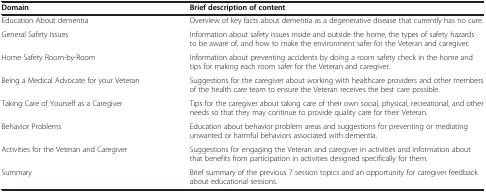
<table><thead><tr><td><b>Domain</b></td><td><b>Brief description of content</b></td></tr></thead><tbody><tr><td>Education About dementia</td><td>Overview of key facts about dementia as a degenerative disease that currently has no cure.</td></tr><tr><td>General Safety Issues</td><td>Information about safety issues inside and outside the home, the types of safety hazards to be aware of, and how to make the environment safer for the Veteran and caregiver.</td></tr><tr><td>Home Safety Room-by-Room</td><td>Information about preventing accidents by doing a room safety check in the home and tips for making each room safer for the Veteran and caregiver.</td></tr><tr><td>Being a Medical Advocate for your Veteran</td><td>Suggestions for the caregiver about working with healthcare providers and other members of the health care team to ensure the Veteran receives the best care possible.</td></tr><tr><td>Taking Care of Yourself as a Caregiver</td><td>Tips for the caregiver about taking care of their own social, physical, recreational, and other needs so that they may continue to provide quality care for their Veteran.</td></tr><tr><td>Behavior Problems</td><td>Education about behavior problem areas and suggestions for preventing or mediating unwanted or harmful behaviors associated with dementia.</td></tr><tr><td>Activities for the Veteran and Caregiver</td><td>Suggestions for engaging the Veteran and caregiver in activities and information about that benefits from participation in activities designed specifically for them.</td></tr><tr><td>Summary</td><td>Brief summary of the previous 7 session topics and an opportunity for caregiver feedback about educational sessions.</td></tr></tbody></table>